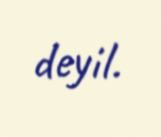
deyil.